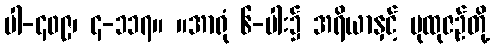
ပါ-၄၀၉၊ ၄-၁၁၇။ ။အာရုံ ၆-ပါး၌ အရိယာနှင့် ပုထုဇဉ်တို့